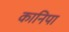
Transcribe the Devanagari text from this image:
कानिपा